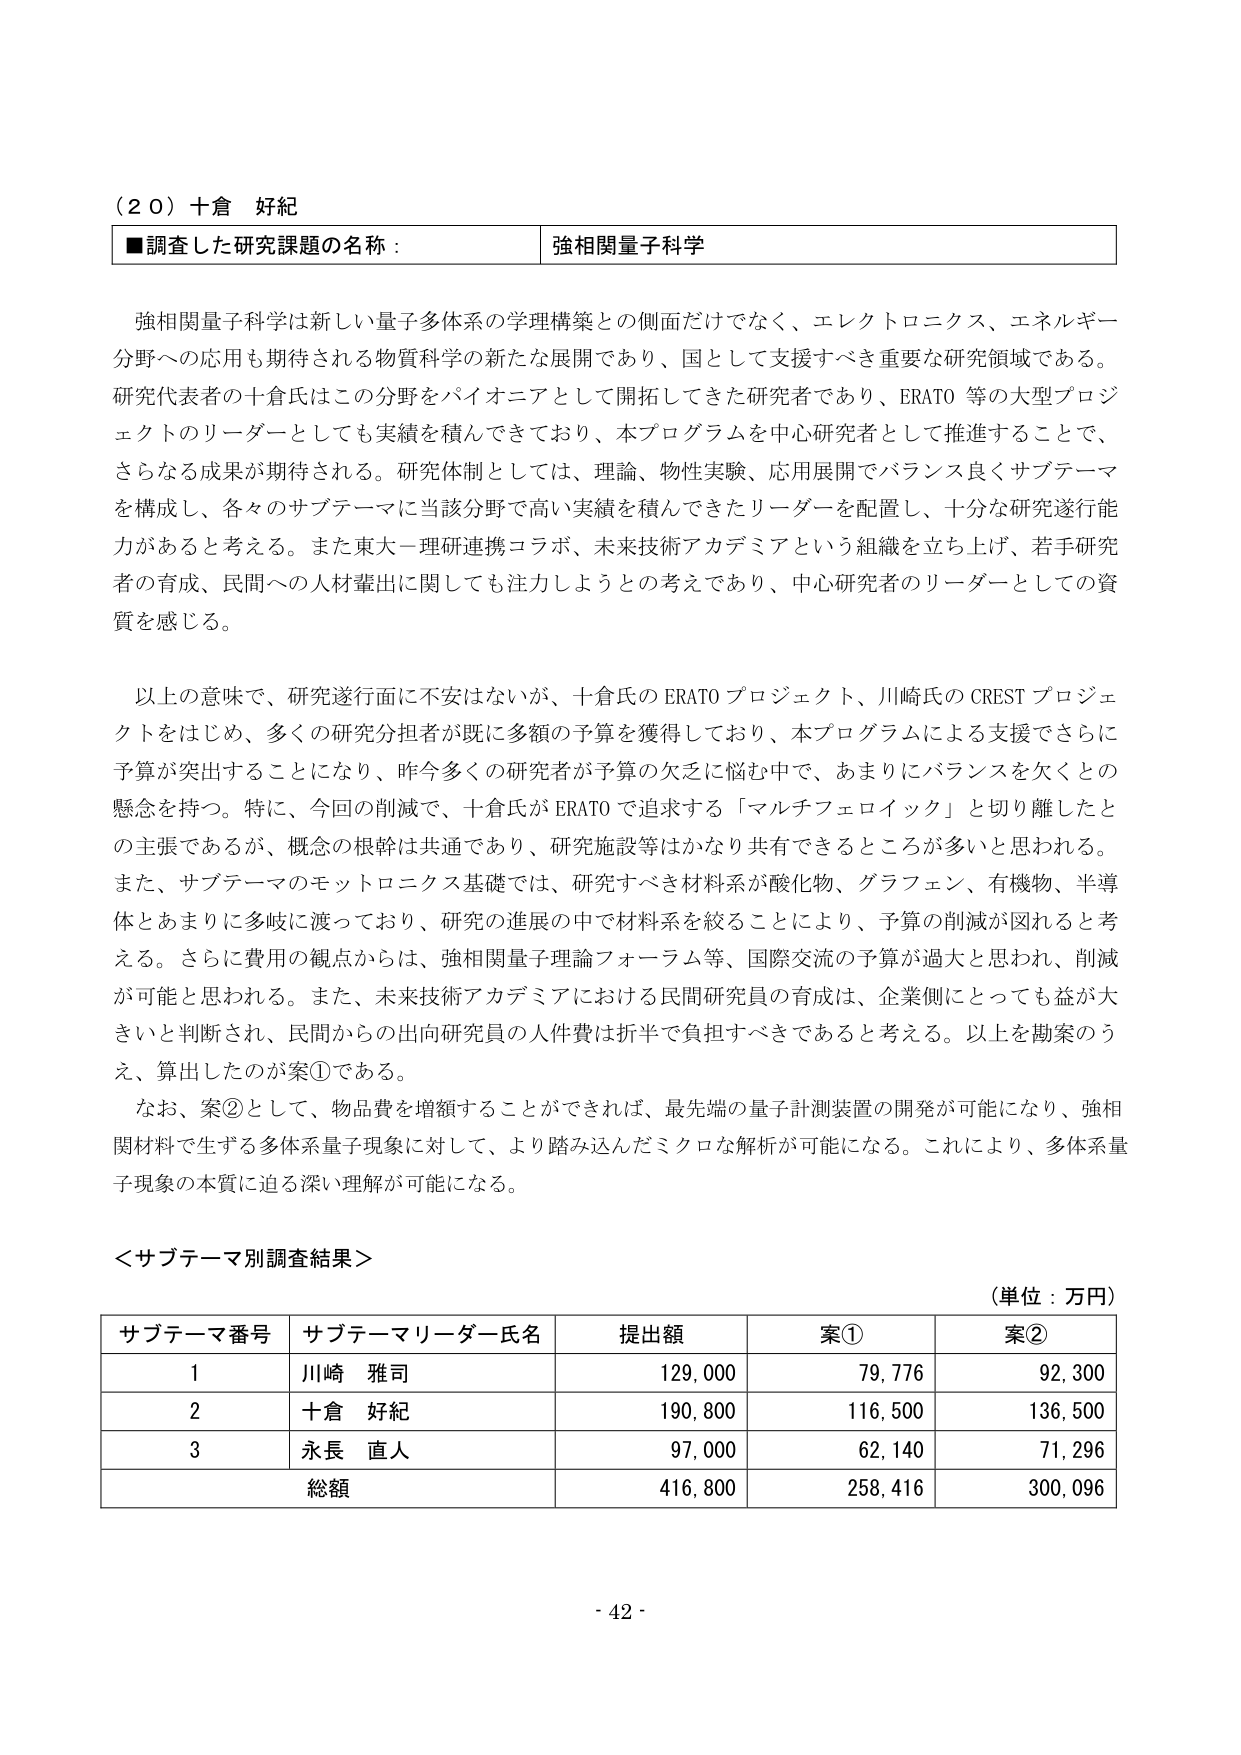
（２０）十倉 好紀
■調査した研究課題の名称： 強相関量子科学

強相関量子科学は新しい量子多体系の学理構築との側面だけでなく、エレクトロニクス、エネルギー分野への応用も期待される物質科学の新たな展開であり、国として支援すべき重要な研究領域である。研究代表者の十倉氏はこの分野をパイオニアとして開拓してきた研究者であり、ERATO 等の大型プロジェクトのリーダーとしても実績を積んできており、本プログラムを中心研究者として推進することで、さらなる成果が期待される。研究体制としては、理論、物性実験、応用展開でバランス良くサブテーマを構成し、各々のサブテーマに当該分野で高い実績を積んできたリーダーを配置し、十分な研究遂行能力があると考える。また東大－理研連携コラボ、未来技術アカデミアという組織を立ち上げ、若手研究者の育成、民間への人材輩出に関しても注力しようとの考えであり、中心研究者のリーダーとしての資質を感じる。

以上の意味で、研究遂行面に不安はないが、十倉氏のERATOプロジェクト、川崎氏のCRESTプロジェクトをはじめ、多くの研究分担者が既に多額の予算を獲得しており、本プログラムによる支援でさらに予算が突出することになり、昨今多くの研究者が予算の欠乏に悩む中で、あまりにバランスを欠くとの懸念を持つ。特に、今回の削減で、十倉氏がERATOで追求する「マルチフェロイック」と切り離したとの主張であるが、概念の根幹は共通であり、研究施設等はかなり共有できるところが多いと思われる。また、サブテーマのモットロニクス基礎では、研究すべき材料系が酸化物、グラフェン、有機物、半導体とあまりに多岐に渡っており、研究の進展の中で材料系を絞ることにより、予算の削減が図れると考える。さらに費用の観点からは、強相関量子理論フォーラム等、国際交流の予算が過大と思われ、削減が可能と思われる。また、未来技術アカデミアにおける民間研究員の育成は、企業側にとっても益が大きいと判断され、民間からの出向研究員の人件費は折半で負担すべきであると考える。以上を勘案のうえ、算出したのが案①である。

なお、案②として、物品費を増額することができれば、最先端の量子計測装置の開発が可能になり、強相関材料で生ずる多体系量子現象に対して、より踏み込んだミクロな解析が可能になる。これにより、多体系量子現象の本質に迫る深い理解が可能になる。

＜サブテーマ別調査結果＞
（単位：万円）

| サブテーマ番号 | サブテーマリーダー氏名 | 提出額 | 案① | 案② |
|----------------|------------------------|--------|------|------|
| 1              | 川崎 雅司              | 129,000 | 79,776 | 92,300 |
| 2              | 十倉 好紀              | 190,800 | 116,500 | 136,500 |
| 3              | 永長 直人              | 97,000 | 62,140 | 71,296 |
| 総額           |                        | 416,800 | 258,416 | 300,096 |

- 42 -